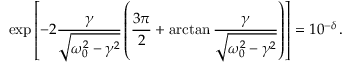
\exp \left[ - 2 \frac { \gamma } { \sqrt { \omega _ { 0 } ^ { 2 } - \gamma ^ { 2 } } } \left( \frac { 3 \pi } { 2 } + \arctan \frac { \gamma } { \sqrt { \omega _ { 0 } ^ { 2 } - \gamma ^ { 2 } } } \right) \right] = 1 0 ^ { - \delta } \, .